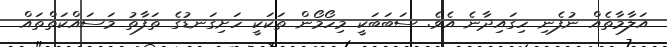
އަލާމާތެއް ނުފެނި ހިގައިދާނެ އެވެ. ސަބަބަކީ މިހޯމޯން ތަކަކީ ހަށިގަނޑުގެ ތަފާތު މަސައްކަތްތައް